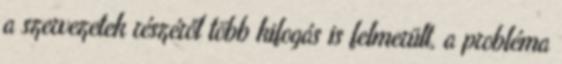
a szervezetek részéről több kifogás is felmerült, a probléma